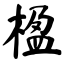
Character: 楹